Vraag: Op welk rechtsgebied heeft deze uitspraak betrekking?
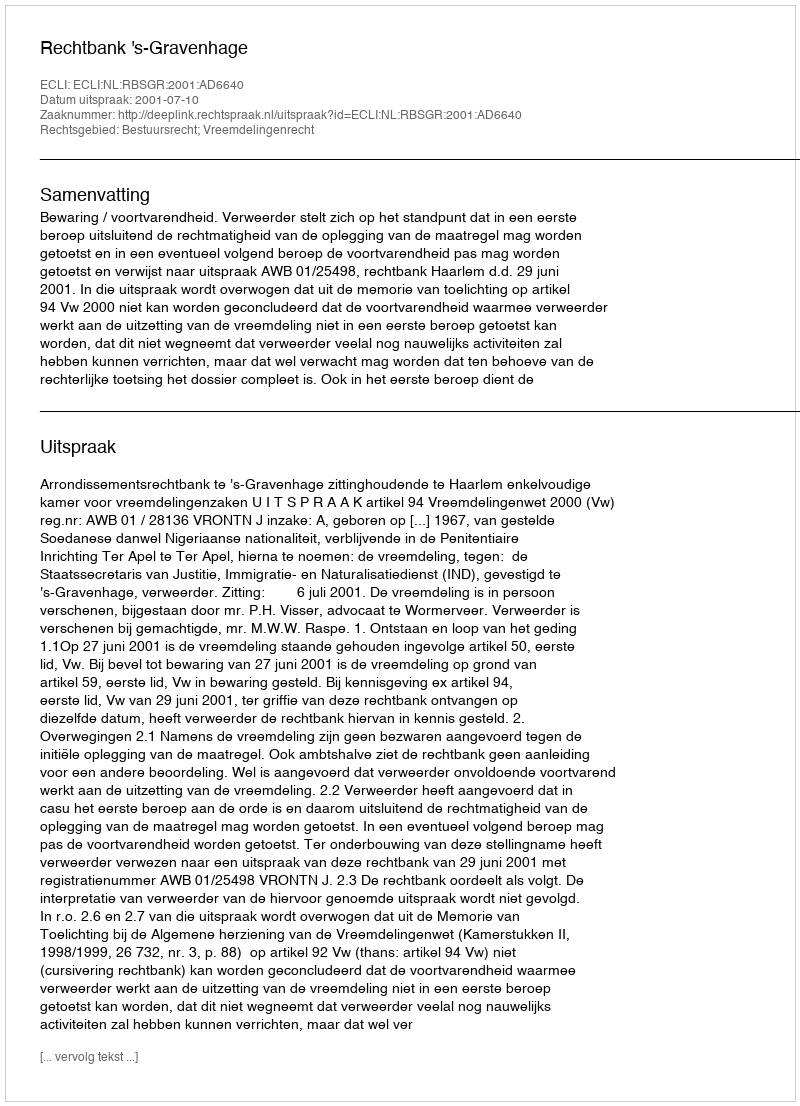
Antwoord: Bestuursrecht; Vreemdelingenrecht